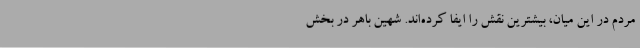
مردم در این میان، بیشترین نقش را ایفا کرده‌اند. شهین باهر در بخش